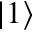
\vert 1 \rangle